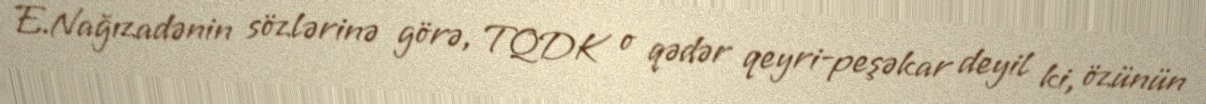
E.Nağızadənin sözlərinə görə, TQDK o qədər qeyri-peşəkar deyil ki, özünün